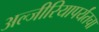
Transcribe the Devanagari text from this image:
अल्जीरियापर्यंतचा